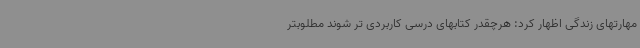
مهارتهای زندگی اظهار کرد: هرچقدر کتابهای درسی کاربردی تر شوند مطلوبتر